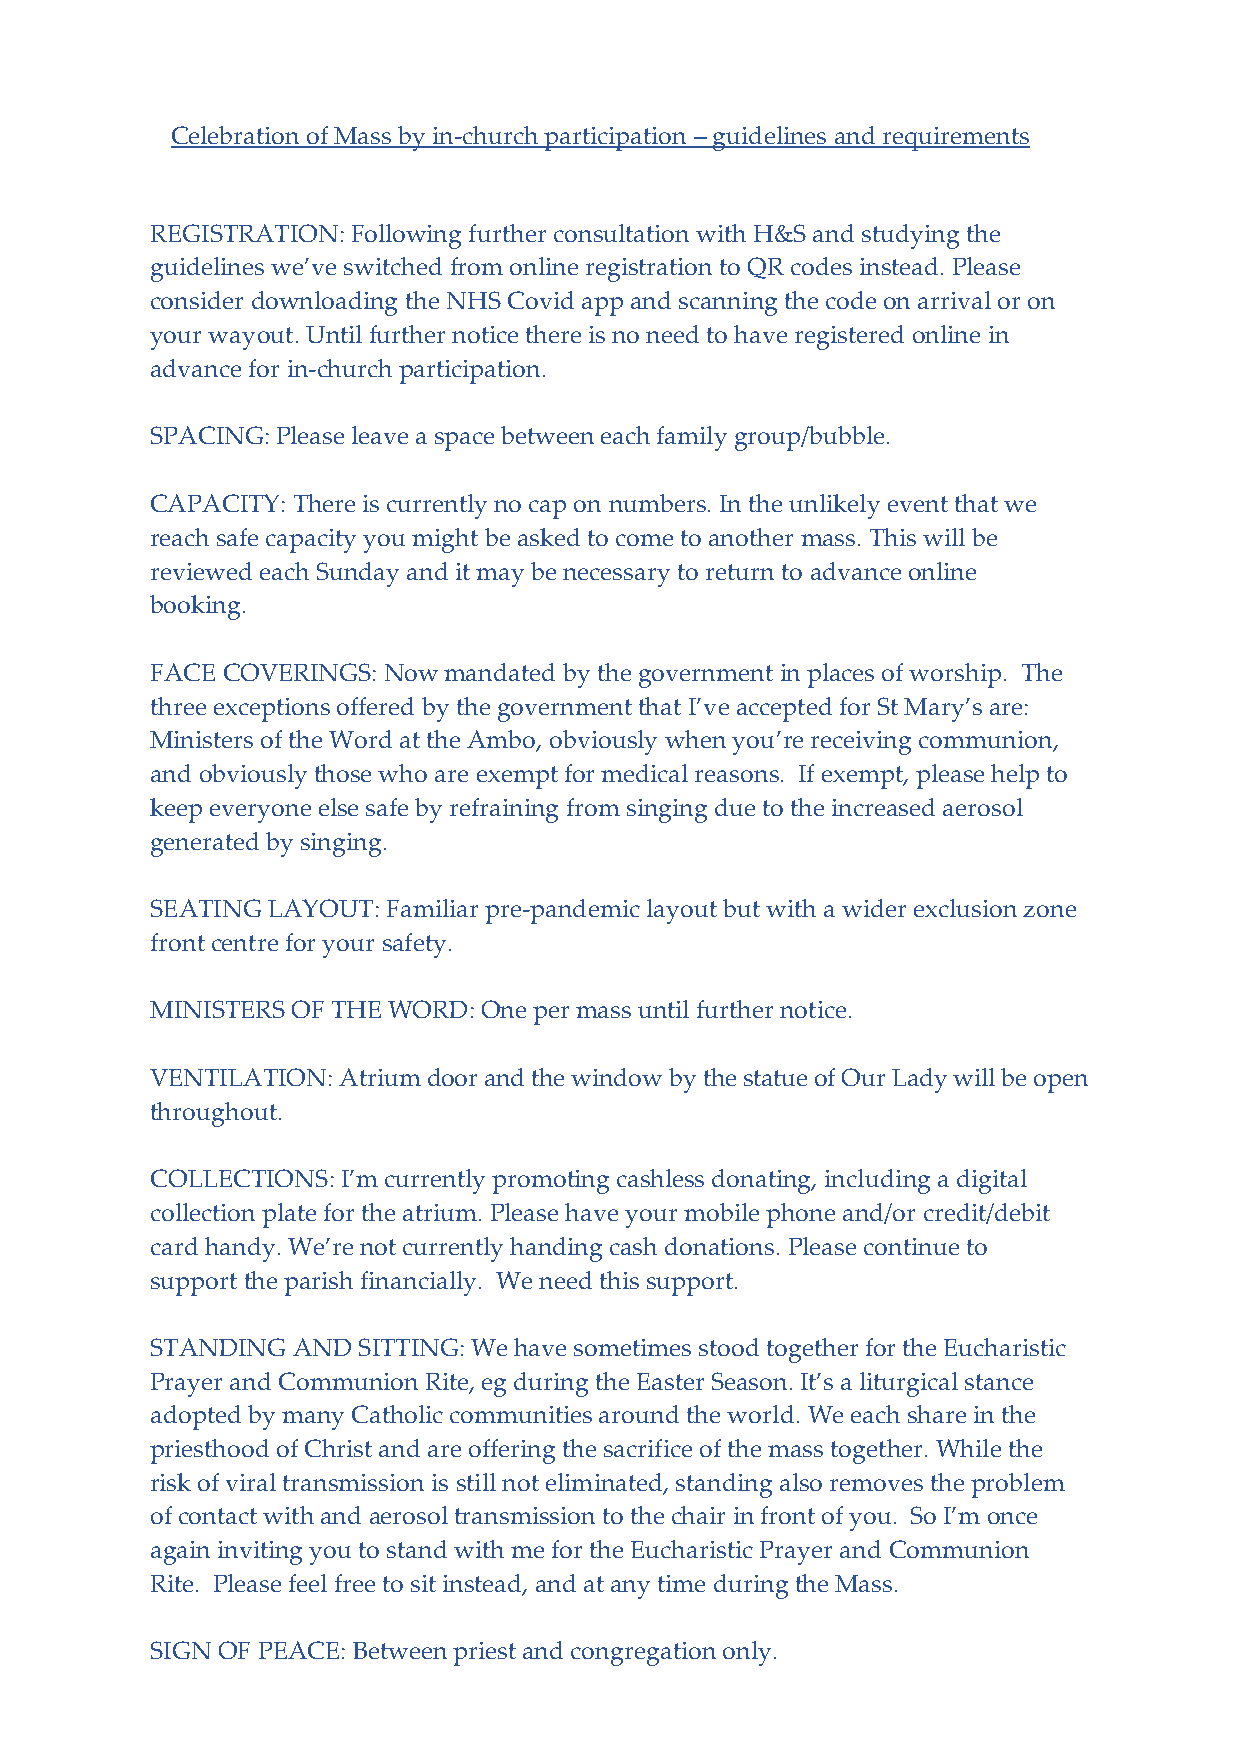
Celebration of Mass by in-church participation – guidelines and requirements
 REGISTRATION: Following further consultation with H&S and studying the
 guidelines we’ve switched from online registration to QR codes instead. Please
 consider downloading the NHS Covid app and scanning the code on arrival or on
 your way out. Until further notice there is no need to have registered online in
 advance for in-church participation.
 SPACING: Please leave a space between each family group/bubble.
 CAPACITY: There is currently no cap on numbers. In the unlikely event that we
 reach safe capacity you might be asked to come to another mass. This will be
 reviewed each Sunday and it may be necessary to return to advance online
 booking.
 FACE COVERINGS: Now mandated by the government in places of worship. The
 three exceptions offered by the government that I’ve accepted for St Mary’s are:
 Ministers of the Word at the Ambo, obviously when you’re receiving communion,
 and obviously those who are exempt for medical reasons. If exempt, please help to
 keep everyone else safe by refraining from singing due to the increased aerosol
 generated by singing.
 SEATING LAYOUT: Familiar pre-pandemic layout but with a wider exclusion zone
 front centre for your safety.
 MINISTERS OF THE WORD: One per mass until further notice.
 VENTILATION: Atrium door and the window by the statue of Our Lady will be open
 throughout.
 COLLECTIONS: I’m currently promoting cashless donating, including a digital
 collection plate for the atrium. Please have your mobile phone and/or credit/debit
 card handy. We’re not currently handing cash donations. Please continue to
 support the parish financially. We need this support.
 STANDING AND  SITTING: We have sometimes stood together for the Eucharistic
 Prayer and Communion Rite, eg during the Easter Season. It’s a liturgical stance
 adopted by many Catholic communities around the world. We each share in the
 priesthood of Christ and are offering the sacrifice of the mass together. While the
 risk of viral transmission is still not eliminated, standing also removes the problem
 of contact with and aerosol transmission to the chair in front of you. So I’m once
 again inviting you to stand with me for the Eucharistic Prayer and Communion
 Rite. Please feel free to sit instead, and at any time during the Mass.
 SIGN OF PEACE: Between priest and congregation only.